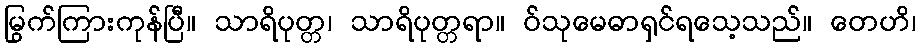
မြွက်ကြားကုန်ပြီ။ သာရိပုတ္တ၊ သာရိပုတ္တရာ။ ဝ်သုမေဓာရှင်ရသေ့သည်။ တေဟိ၊